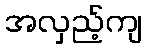
အလှည့်ကျ